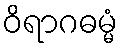
ဝိရာဂဓမ္မံ